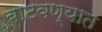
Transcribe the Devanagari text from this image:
बाटवण्यात